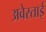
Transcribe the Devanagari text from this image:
अवेस्ताई